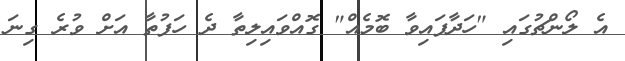
އެ ލޯންޗުގައި "ހަދާފައިވާ ބޮމެއް" ގޮއްވައިލިތާ ދެ ހަފުތާ އަށް ވުރެ ގިނަ